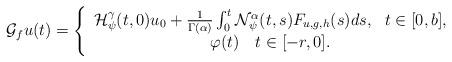
LaTeX: \begin{align*}\mathcal{G}_{f}u(t)=\left\{\begin{array}{c}\mathcal{H}_{\psi }^{\gamma }(t,0)u_{0}+\frac{1}{\Gamma (\alpha )}\int_{0}^{t}\mathcal{N}_{\psi }^{\alpha }(t,s)F_{u,g,h}(s)ds,\ \ t\in\lbrack 0,b], \\\varphi (t)\ \ \ t\in\lbrack -r,0].\end{array}\right. \end{align*}